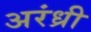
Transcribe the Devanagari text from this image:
अरंध्री